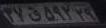
۴۷ق۵۹۲۲۹